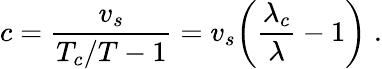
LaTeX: c=\frac{v_{s}}{T_{c}/T-1}=v_{s}\biggl(\frac{\lambda_{c}}{\lambda}-1\biggr)\; .